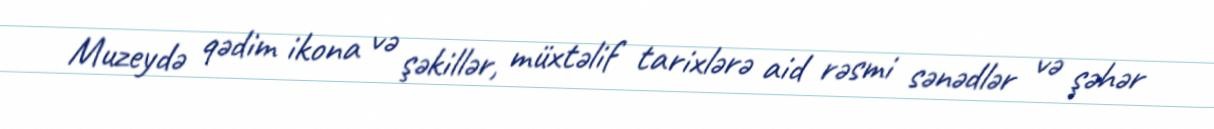
Muzeydə qədim ikona və şəkillər, müxtəlif tarixlərə aid rəsmi sənədlər və şəhər